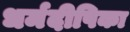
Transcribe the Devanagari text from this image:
धर्मदीपिका